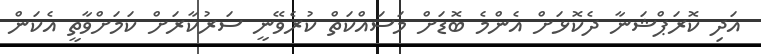
އަދި ކޮރަޕްޝަނާ ދެކޮޅަށް އެންމެ ބޮޑަށް މަސައްކަތް ކުރެވޭނީ ސަރުކާރަށް ކަމަށްވާތީ އެކަން